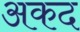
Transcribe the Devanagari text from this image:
अकद